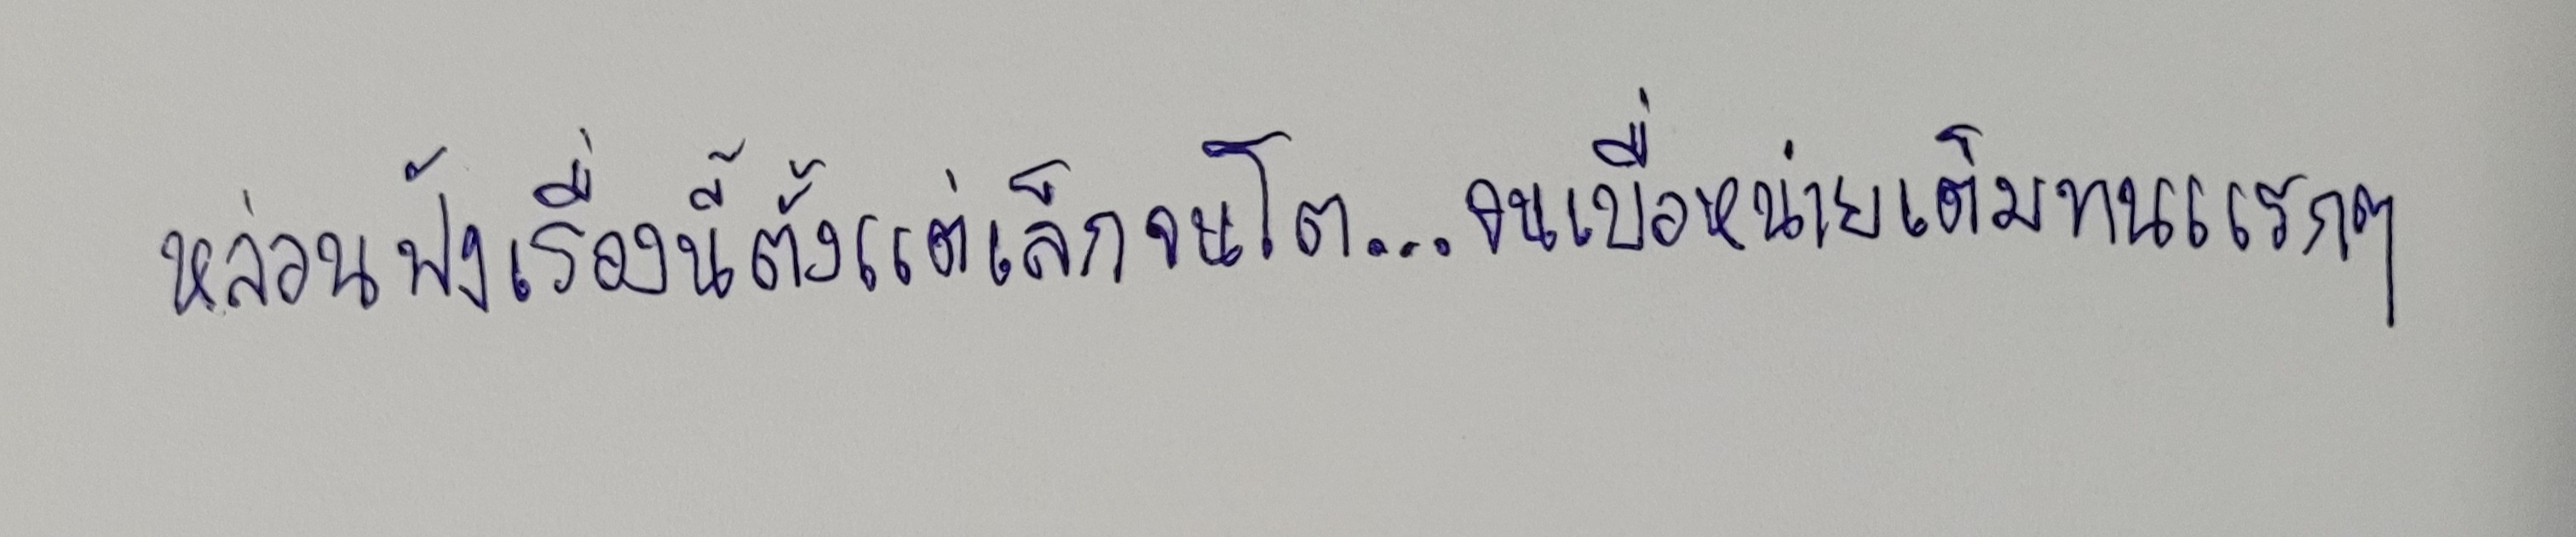
หล่อนฟังเรื่องนี้ตั้งแต่เล็กจนโต...จนเบื่อหน่ายเต็มทนแรกๆ